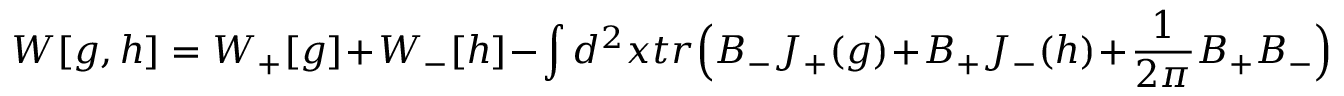
W [ g , h ] = W _ { + } [ g ] + W _ { - } [ h ] - \int d ^ { 2 } x t r \Big ( B _ { - } J _ { + } ( g ) + B _ { + } J _ { - } ( h ) + \frac { 1 } { 2 \pi } B _ { + } B _ { - } \Big )